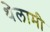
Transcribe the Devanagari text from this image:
थेलामी